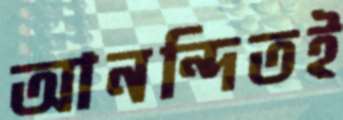
আনন্দিতই